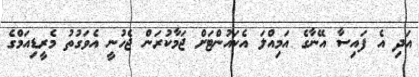
އަދި އެ ފައިސާ އޭނާގެ އަމިއްލަ އެކައުންޓަށް ޖަމާކުރަން ޖެހުނީ އެވަގުތު މެރީޑިއަމްގެ